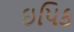
ઇપિક